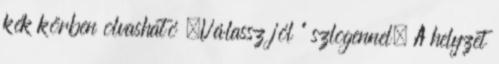
kék körben olvasható „Válassz jól ” szlogennel. A helyzet